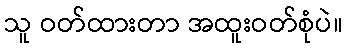
သူ ဝတ်ထားတာ အထူးဝတ်စုံပဲ။